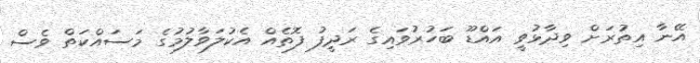
އޭނާ އިތުރަށް ވިދާޅުވީ އައްޑޫ ބަހުރުވައިގެ ރަދީފު ފޮތެއް އެކުލަވާލުމުގެ މަސައްކަތް ވެސް